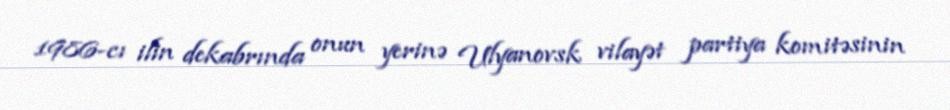
1986-cı ilin dekabrında onun yerinə Ulyanovsk vilayət partiya komitəsinin